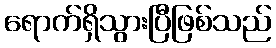
ရောက်ရှိသွားပြီဖြစ်သည်